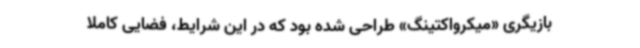
بازیگری «میکرواکتینگ» طراحی شده بود که در این شرایط، فضایی کاملاً